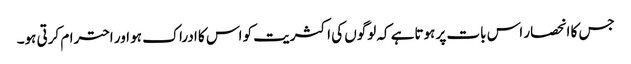
جس کا انحصار اس بات پر ہوتاہے کہ لوگوں کی اکثریت کو اس کا ادراک ہو اور احترام کرتی ہو۔